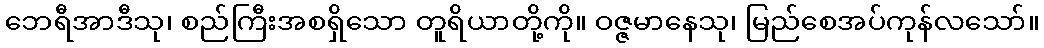
ဘေရီအာဒီသု၊ စည်ကြီးအစရှိသော တူရိယာတို့ကို။ ဝဇ္ဇမာနေသု၊ မြည်စေအပ်ကုန်လသော်။